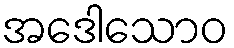
အဒေါသောဝ